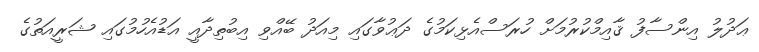
ޢަދުލު އިންސާފު ޤާއިމްކުރުމަށް ހުރަސްއެޅިކަމުގެ ދަޢުވާގައި މިއަދު ބޭއްވި އިބުތިދާއީ އަޑުއެހުމުގައި ޝަރީއަތުގެ